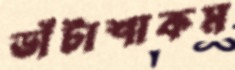
ডাঁটাশাকম